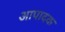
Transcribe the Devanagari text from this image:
आपादक